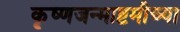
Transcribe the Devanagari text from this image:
कृष्णजन्माष्टमीच्या